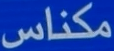
مکناس